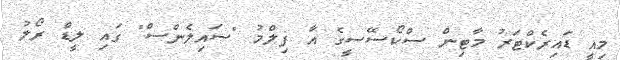
މިއީ ޑައިރެކްޓަރު މާޓިން ސްކޯސޭސީގެ އާ ފިލްމު "ސައިލެންސް" ގައި ލީޑް ރޯލު